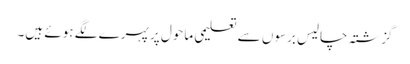
گزشتہ چالیس برسوں سے تعلیمی ماحول پر پہرے لگے ہوئے ہیں۔